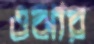
ওঝার